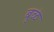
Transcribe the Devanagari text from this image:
बुळे